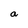
Character: a